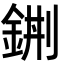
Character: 𨦿